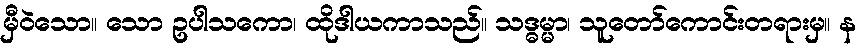
မှီဝဲသော။ သော ဥပါသကော၊ ထိုဒါယကာသည်။ သဒ္ဓမ္မာ၊ သူတော်ကောင်းတရားမှ။ န